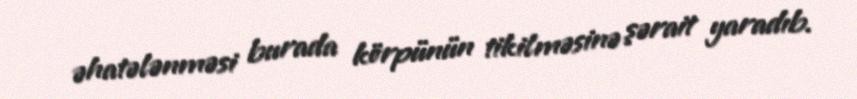
əhatələnməsi burada körpünün tikilməsinə şərait yaradıb.